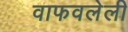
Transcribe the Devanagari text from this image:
वाफवलेली